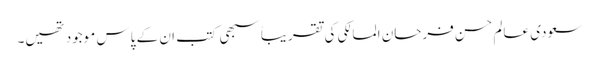
سعودی عالم حسن فرحان المالکی کی تقریباً سبھی کتب ان کے پاس موجود تھیں۔